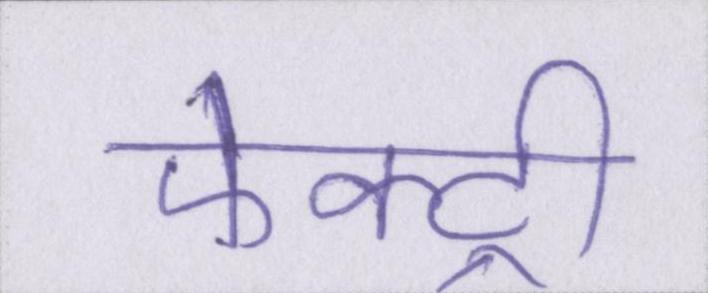
फेक्ट्री